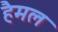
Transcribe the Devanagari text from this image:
हैमल